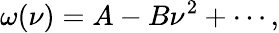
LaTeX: \omega(\nu)=A-B\nu^{2}+\cdots,